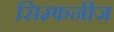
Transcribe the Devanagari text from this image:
सिम्फनीज